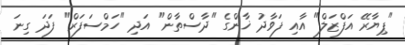
"ޕިޔާރޭ އަފްޒަލް" އާއި ފަވާދު ޚާންގެ "ދާސްތާން" އަދި "ހަމްސަފަރް" ފަދަ ގިނަ